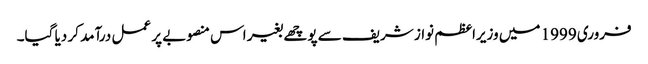
فروری 1999 میں وزیراعظم نواز شریف سے پوچھے بغیر اس منصوبے پر عمل درآمد کر دیا گیا۔